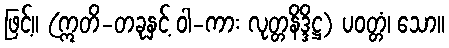
ဖြင့်။ (ဣတိ-တခုနှင့် ဝါ-ကား လုတ္တနိဒ္ဒိဋ္ဌ) ပဝတ္တံ၊ သော။